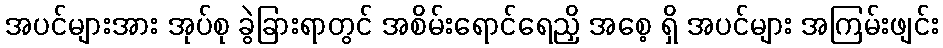
အပင်များအား အုပ်စု ခွဲခြားရာတွင် အစိမ်းရောင်ရေညှိ အစေ့ ရှိ အပင်များ အကြမ်းဖျင်း